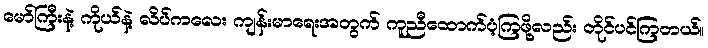
မော်ကြီးနဲ့ ကိုယ်နဲ့ လိပ်ကလေး ကျန်းမာရေးအတွက် ကူညီထောက်ပံ့ကြဖို့လည်း တိုင်ပင်ကြတယ်။